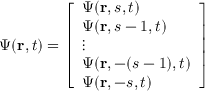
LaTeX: \Psi ( \mathbf { r } , t ) = { \left[ \begin{array} { l } { \Psi ( \mathbf { r } , s , t ) } \\ { \Psi ( \mathbf { r } , s - 1 , t ) } \\ { \vdots } \\ { \Psi ( \mathbf { r } , - ( s - 1 ) , t ) } \\ { \Psi ( \mathbf { r } , - s , t ) } \end{array} \right] }